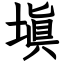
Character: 塡